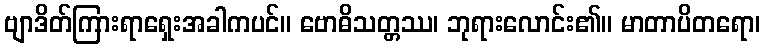
ဗျာဒိတ်ကြားရာရှေးအခါကပင်။ ဗောဓိသတ္တဿ၊ ဘုရားလောင်း၏။ မာတာပိတရော၊